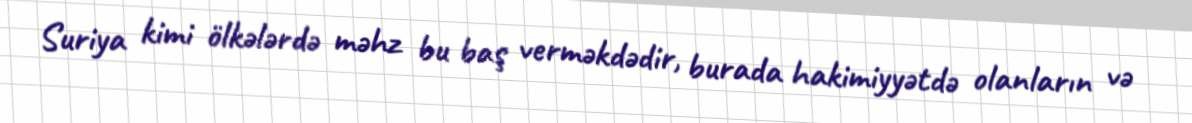
Suriya kimi ölkələrdə məhz bu baş verməkdədir, burada hakimiyyətdə olanların və